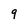
Character: 9